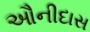
ઔનીદાસ